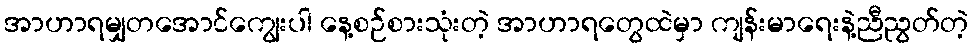
အာဟာရမျှတအောင်ကျွေးပါ နေ့စဉ်စားသုံးတဲ့ အာဟာရတွေထဲမှာ ကျန်းမာရေးနဲ့ညီညွတ်တဲ့